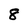
Character: 8